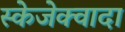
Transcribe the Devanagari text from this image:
स्केजेक्वादा